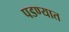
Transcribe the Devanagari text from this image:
पडण्यात